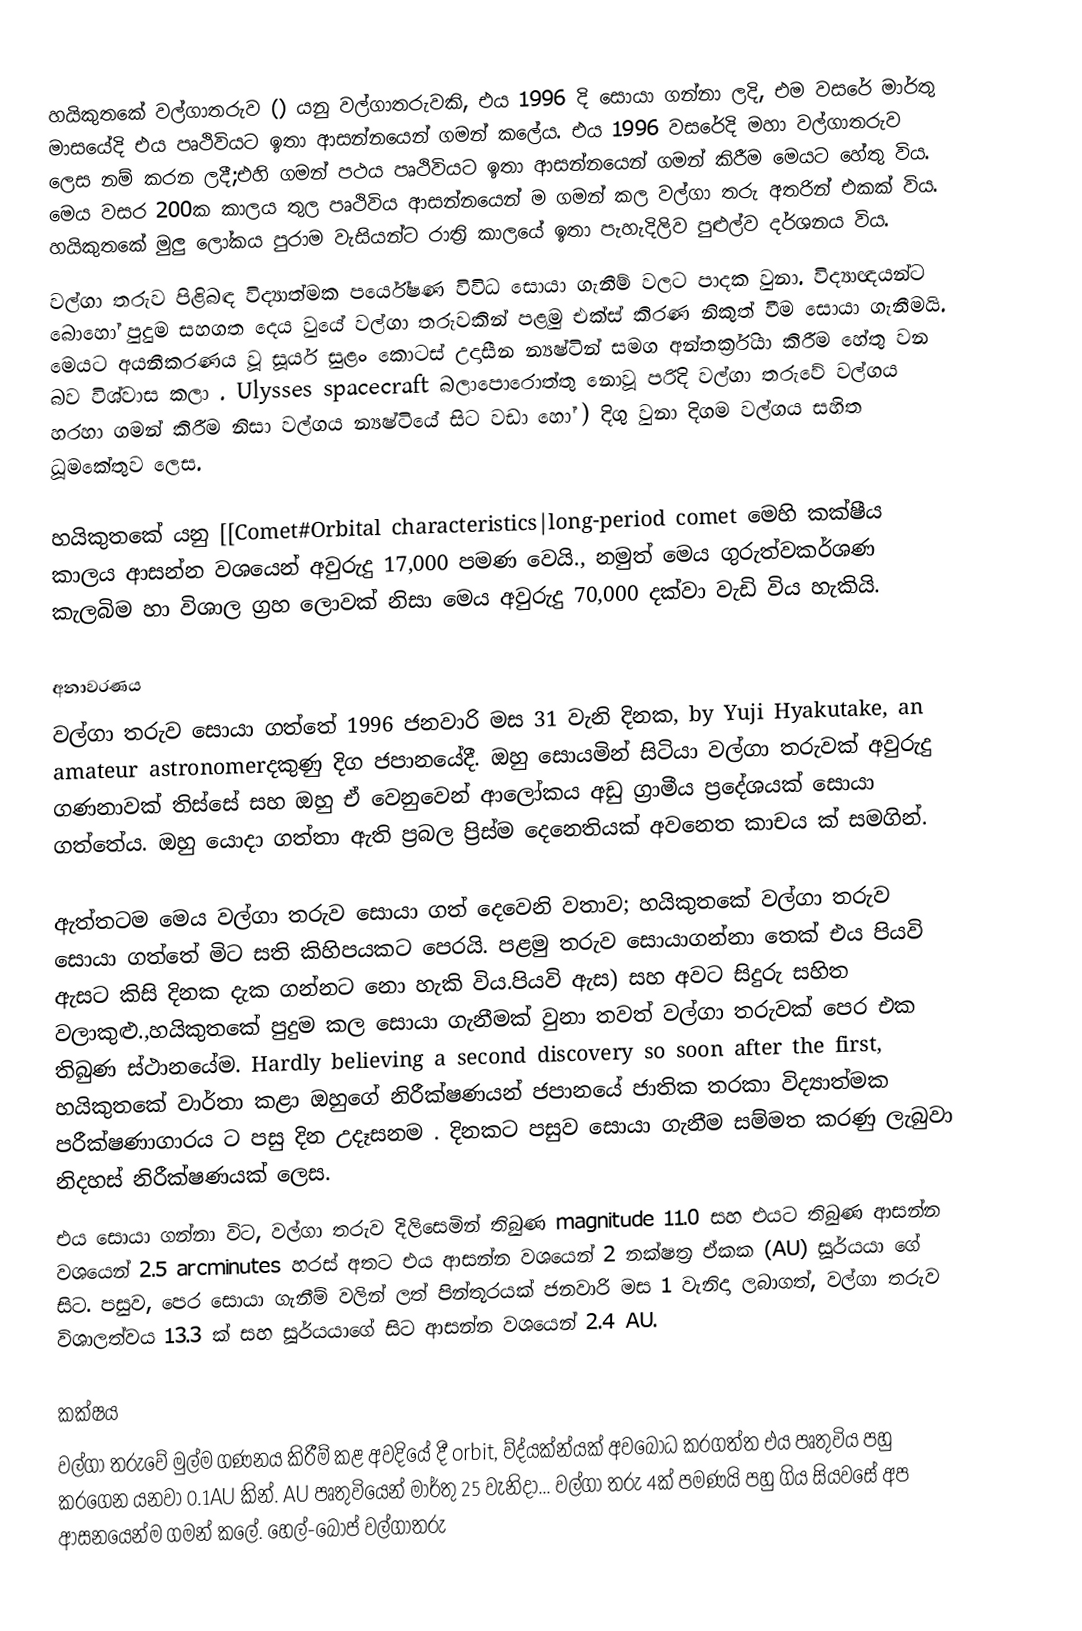
හයිකුතකේ වල්ගාතරුව () යනු වල්ගාතරුවකි, එය 1996 දි සොයා ගන්නා ලදි, එම වසරේ මාර්තු මාසයේදි එය පෘථිවියට ඉතා ආසන්නයෙන් ගමන් කලේය. එය 1996 වසරේදි   මහා වල්ගාතරුව ලෙස නම් කරන ලදී;එහි ගමන් පථය පෘථිවියට ඉතා ආසන්නයෙන් ගමන් කිරීම මෙයට හේතු විය. මෙය වසර 200ක කාලය තුල පෘථිවිය ආසන්නයෙන් ම ගමන් කල වල්ගා තරු අතරින් එකක් විය. හයිකුතකේ  මුලු ලෝකය පුරාම වැසියන්ට රාත්‍රි කාලයේ ඉතා පැහැදිලිව පුළුල්ව දර්ශනය විය.
වල්ගා තරුව පිළිබඳ විද්‍යාත්මක පර්යේෂණ විවිධ සොයා ගැනීම් වලට පාදක වුනා. විද්‍යාඥයන්ට බොහෝ පුදුම සහගත දෙය වුයේ වල්ගා තරුවකින් පළමු එක්ස් කිරණ  නිකුත් වීම සොයා ගැනීමයි. මෙයට අයනීකරණය  වූ සූර්ය සුළං කොටස් උදාසීන න්‍යෂ්ටින් සමග අන්තර්ක්‍රියා කිරීම   හේතු වන බව විශ්වාස කලා . Ulysses spacecraft බලාපොරොත්තු නොවූ පරිදි වල්ගා තරුවේ වල්ගය හරහා ගමන් කිරීම නිසා වල්ගය න්‍යෂ්ටියේ සිට  වඩා හෝ )   දිගු වුනා දිගම වල්ගය සහිත ධූමකේතුව ලෙස.

හයිකුතකේ යනු [[Comet#Orbital characteristics|long-period comet මෙහි කක්ෂීය කාලය ආසන්න වශයෙන් අවුරුදු 17,000 පමණ වෙයි., නමුත් මෙය ගුරුත්වකර්ශණ කැලබිම හා විශාල ග්‍රහ ලොවක් නිසා  මෙය අවුරුදු 70,000 දක්වා වැඩි විය හැකියි.

අනාවරණය
වල්ගා තරුව සොයා ගත්තේ 1996 ජනවාරි මස 31 වැනි දිනක, by Yuji Hyakutake, an amateur astronomerදකුණු දිග ජපානයේදී. ඔහු සොයමින් සිටියා වල්ගා තරුවක් අවුරුදු ගණනාවක් තිස්සේ සහ ඔහු  ඒ වෙනුවෙන් ආලෝකය අඩු ග්‍රාමීය ප්‍රදේශයක් සොයා ගත්තේය. ඔහු යොදා ගත්තා ඇති ප්‍රබල ප්‍රිස්ම දෙනෙතියක්   අවනෙත කාචය  ක් සමගින්.

ඇත්තටම මෙය වල්ගා තරුව සොයා ගත් දෙවෙනි වතාව; හයිකුතකේ වල්ගා තරුව සොයා ගත්තේ මිට සති කිහිපයකට පෙරයි.   පළමු තරුව සොයාගන්නා තෙක් එය පියවි ඇසට කිසි දිනක දැක ගන්නට නො හැකි විය.පියවි ඇස) සහ අවට සිදුරු සහිත වලාකුළු.,හයිකුතකේ පුදුම කල සොයා ගැනීමක් වුනා තවත් වල්ගා තරුවක් පෙර එක තිබුණ ස්ථානයේම.  Hardly believing a second discovery so soon after the first, හයිකුතකේ වාර්තා කළා ඔහුගේ නිරීක්ෂණයන් ජපානයේ ජාතික තරකා විද්‍යාත්මක පරීක්ෂණාගාරය ට පසු දින උදෑසනම .  දිනකට පසුව සොයා ගැනීම සම්මත කරණු ලැබුවා නිදහස් නිරීක්ෂණයක් ලෙස.
එය සොයා ගන්නා විට, වල්ගා තරුව දිලිසෙමින් තිබුණ magnitude 11.0 සහ එයට තිබුණ ආසන්න වශයෙන්  2.5 arcminutes හරස් අතට එය ආසන්න වශයෙන් 2 නක්ෂත්‍ර ඒකක (AU) සූර්යයා ගේ සිට. පසුව, පෙර සොයා ගැනීම් වලින් ලත් පින්තූරයක් ජනවාරි මස 1 වැනිදා ලබාගත්, වල්ගා තරුව විශාලත්වය 13.3 ක් සහ සූර්යයාගේ සිට ආසන්න වශයෙන්  2.4 AU.

කක්ෂය
වල්ගා තරුවේ මුල්ම ගණනය කිරීම් කළ අවදියේ දී orbit,  ව්ද්යක්න්යක් අවබෝධ කරගත්ත එය පෘතුවිය පහු  කරගෙන යනවා 0.1AU කින්. AU පෘතුවියෙන් මාර්තු 25 වැනිදා... වල්ගා තරු 4ක් පමණයි පහු ගිය සියවසේ අප ආසනයෙන්ම ගමන් කලේ.  හෙල්-බොප් වල්ගාතරු